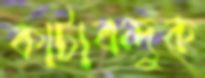
কাটাবন্দুক